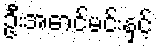
ဦးအောင်မင်းနှင့်